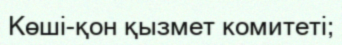
Көші-қон қызмет комитеті;